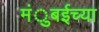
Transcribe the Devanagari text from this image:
मंुबईच्या